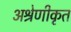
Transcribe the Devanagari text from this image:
अश्रेणीकृत